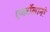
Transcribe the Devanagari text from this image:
एर्कोलानो